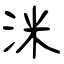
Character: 洣